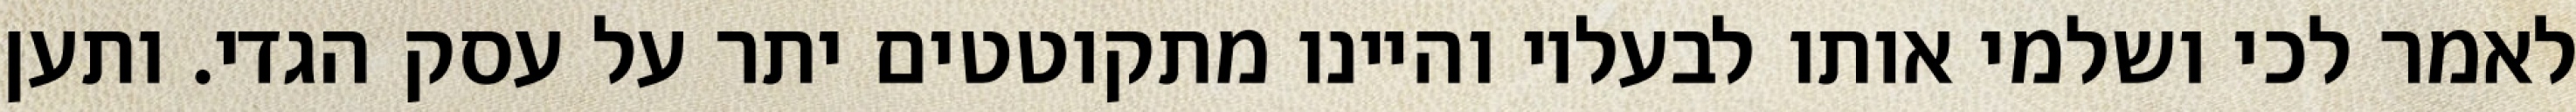
לאמר לכי ושלמי אותו לבעליו והיינו מתקוטטים יתר על עסק הגדי. ותען